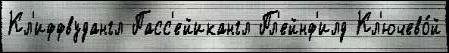
Кл'иффвудангл Пасс'ейикангл Пл'ейнф'илд Кл'ючево́й